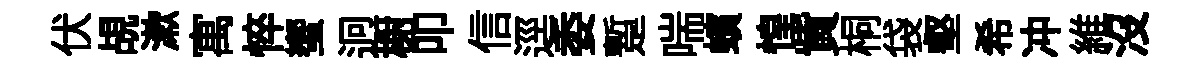
伏覘漱寓悴蠁迥榭叩信逕委蹔喘蠙惶貲桐袋壑希冲維沒